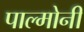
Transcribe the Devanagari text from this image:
पाल्मोनी